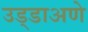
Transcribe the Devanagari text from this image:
उड्डाअणे